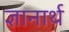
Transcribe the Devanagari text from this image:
ज्ञानार्थ